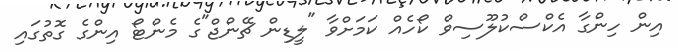
އިން ހިންގާ އެކްސްކުލޫސިވް ކޯހެއް ކަމަށްވާ "ލީޑިން ޗޭންޖް"ގެ މެންޓޯ އިންގެ ގޮތުގައި